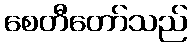
စေတီတော်သည်